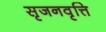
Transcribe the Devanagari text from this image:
सृजनवृत्ति